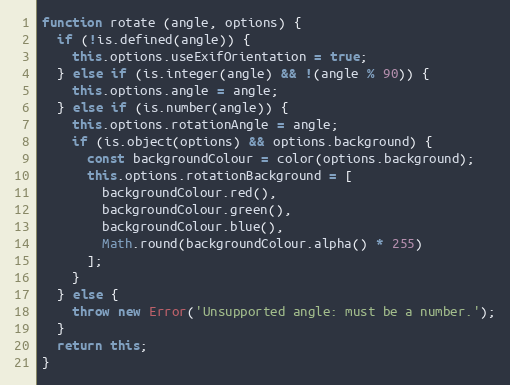
Language: JavaScript
function rotate (angle, options) {
  if (!is.defined(angle)) {
    this.options.useExifOrientation = true;
  } else if (is.integer(angle) && !(angle % 90)) {
    this.options.angle = angle;
  } else if (is.number(angle)) {
    this.options.rotationAngle = angle;
    if (is.object(options) && options.background) {
      const backgroundColour = color(options.background);
      this.options.rotationBackground = [
        backgroundColour.red(),
        backgroundColour.green(),
        backgroundColour.blue(),
        Math.round(backgroundColour.alpha() * 255)
      ];
    }
  } else {
    throw new Error('Unsupported angle: must be a number.');
  }
  return this;
}